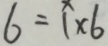
6 = 1 \times 6